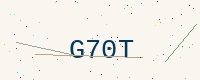
Text: G70T